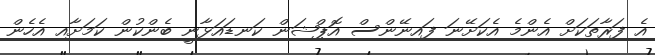
އެ ފަރާތަކަށް އެންމެ އެކަށޭނަ ފައިނޭންސް އޮޕްޝަން ކަނޑައަޅާނީ ބެންކުން ކަމަށާއި އެހެން